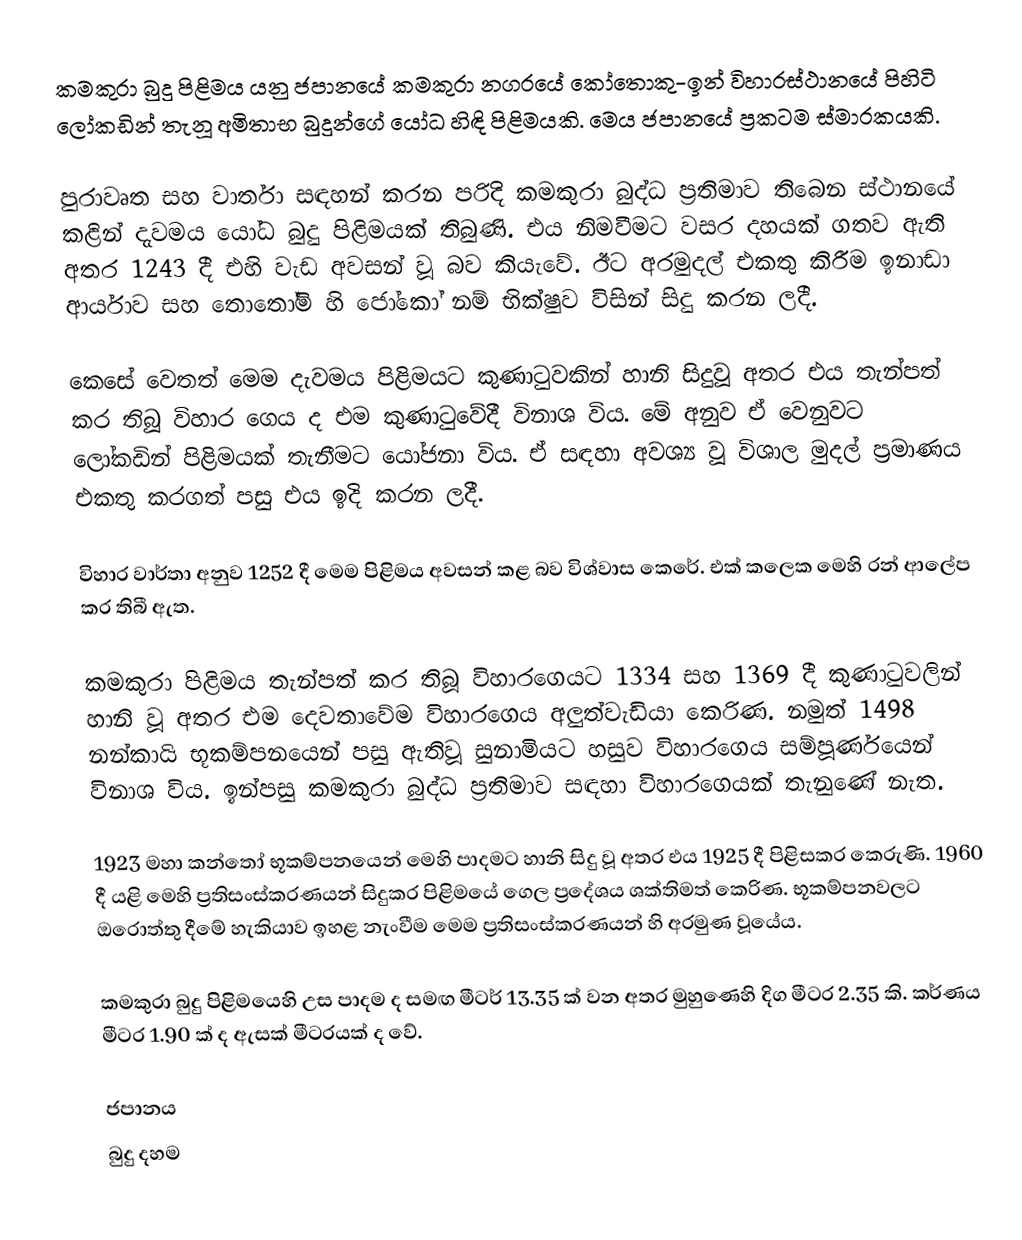
කමකුරා බුදු පිළිමය යනු ජපානයේ කමකුරා නගරයේ කෝතොකු-ඉන් විහාරස්ථානයේ පිහිටි ලෝකඩින් තැනූ අමිතාභ බුදුන්ගේ යෝධ හිඳි පිළිමයකි. මෙය ජපානයේ ප්‍රකටම ස්මාරකයකි.

පුරාවෘත සහ වාර්තා සඳහන් කරන පරිදි කමකුරා බුද්ධ ප්‍රතිමාව තිබෙන ස්ථානයේ කළින් දැවමය යෝධ බුදු පිළිමයක් තිබුණි. එය නිමවීමට වසර දහයක් ගතව ඇති අතර 1243 දී එහි වැඩ අවසන් වූ බව කියැවේ. ඊට අරමුදල් එකතු කිරීම ඉනාඩා ආර්යාව සහ තොතෝමි හි ජෝකෝ නම් භික්ෂුව විසින් සිදු කරන ලදී.

කෙසේ වෙතත් මෙම දැවමය පිළිමයට කුණාටුවකින් හානි සිදුවූ අතර එය තැන්පත් කර තිබූ විහාර ගෙය ද එම කුණාටුවේදී විනාශ විය. මේ අනුව ඒ වෙනුවට ලෝකඩින් පිළිමයක් තැනීමට යෝජනා විය. ඒ සඳහා අවශ්‍ය වූ විශාල මුදල් ප්‍රමාණය එකතු කරගත් පසු එය ඉදි කරන ලදී.

විහාර වාර්තා අනුව 1252 දී මෙම පිළිමය අවසන් කළ බව විශ්වාස කෙරේ. එක් කලෙක මෙහි රන් ආලේප කර තිබී ඇත.

කමකුරා පිළිමය තැන්පත් කර තිබූ විහාරගෙයට 1334 සහ 1369 දී කුණාටුවලින් හානි වූ අතර එම දෙවතාවේම විහාරගෙය අලුත්වැඩියා කෙරිණ. නමුත් 1498 නන්කායි භූකම්පනයෙන් පසු ඇතිවූ සුනාමියට හසුව විහාරගෙය සම්පූර්ණයෙන් විනාශ විය. ඉන්පසු කමකුරා බුද්ධ ප්‍රතිමාව සඳහා විහාරගෙයක් තැනුණේ නැත.

1923 මහා කන්තෝ භූකම්පනයෙන් මෙහි පාදමට හානි සිදු වූ අතර එය 1925 දී පිළිසකර කෙරුණි. 1960 දී යළි මෙහි ප්‍රතිසංස්කරණයන් සිදුකර පිළිමයේ ගෙල ප්‍රදේශය ශක්තිමත් කෙරිණ. භූකම්පනවලට ඔරොත්තු දීමේ හැකියාව ඉහළ නැංවීම මෙම ප්‍රතිසංස්කරණයන් හි අරමුණ වූයේය.

කමකුරා බුදු පිළිමයෙහි උස පාදම ද සමඟ මීටර් 13.35 ක් වන අතර මුහුණෙහි දිග මීටර 2.35 කි. කර්ණය මීටර 1.90 ක් ද ඇසක් මීටරයක් ද වේ.

ජපානය
බුදු දහම